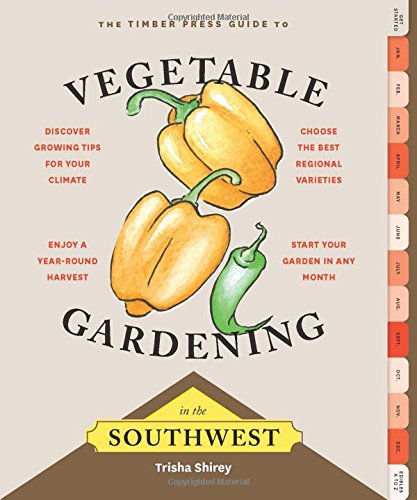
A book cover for Timber Press Guide to Vegetable Gardening in the Southwest; Trisha Shirey; Crafts, Hobbies & Home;